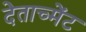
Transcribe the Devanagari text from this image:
देताच्मेंट